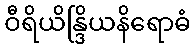
ဝီရိယိန္ဒြိယနိရောဓံ